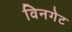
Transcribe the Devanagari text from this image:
विनगेट